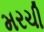
મરચી